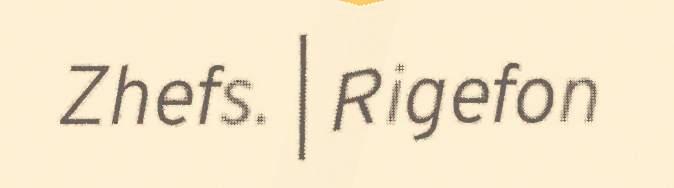
Zhefs. | Rigefon